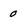
Character: 0